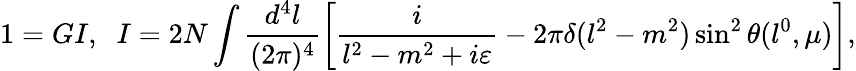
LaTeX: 1=GI,\; \; I=2N\int\frac{d^{4}l}{(2\pi)^{4}}\left[\frac{i}{l^{2}-m^{2}+i\varepsilon}-2\pi\delta(l^{2}-m^{2})\sin^{2}\theta(l^{0},\mu)\right],